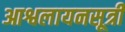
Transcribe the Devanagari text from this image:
आश्वलायनसूत्री